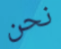
نحن